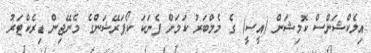
އިލެކްޝަންސް ކޮމިޝަން (އީސީ) ގެ މެމްބަރު ކަމަށް ފެނަކަ ކޯޕަރޭޝަންގެ މެނޭޖިން ޑިރެކްޓަރު